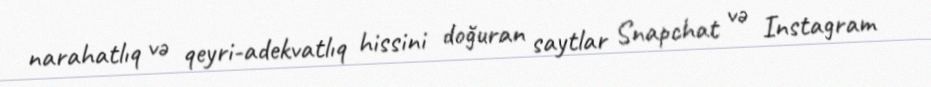
narahatlıq və qeyri-adekvatlıq hissini doğuran saytlar Snapchat və Instagram